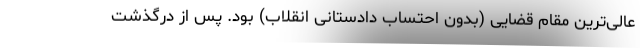
عالی‌ترین مقام قضایی (بدون احتساب دادستانی انقلاب) بود. پس از درگذشت